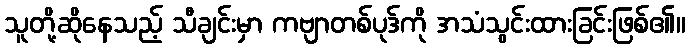
သူတို့ဆိုနေသည့် သီချင်းမှာ ကဗျာတစ်ပုဒ်ကို အသံသွင်းထားခြင်းဖြစ်၏။